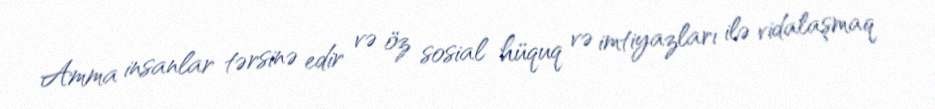
Amma insanlar tərsinə edir və öz sosial hüquq və imtiyazları ilə vidalaşmaq